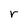
Character: r